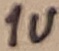
Text: 1u